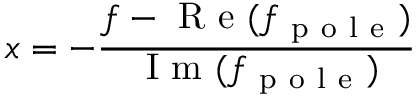
x = - \frac { f - \mathrm { ~ R ~ e ~ } ( f _ { \mathrm { ~ p ~ o ~ l ~ e ~ } } ) } { \mathrm { ~ I ~ m ~ } ( f _ { \mathrm { ~ p ~ o ~ l ~ e ~ } } ) }